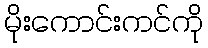
မိုးကောင်းကင်ကို